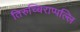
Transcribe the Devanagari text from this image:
तिरुच्चिराप्पल्लि